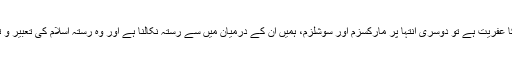
ایک طرف کیپٹلزم کا عفریت ہے تو دوسری انتہا پر مارکسزم اور سوشلزم، ہمیں ان کے درمیان میں سے رستہ نکالنا ہے اور وہ رستہ اسلام کی تعبیر و تشکیل ِ جدید ہی ہے۔